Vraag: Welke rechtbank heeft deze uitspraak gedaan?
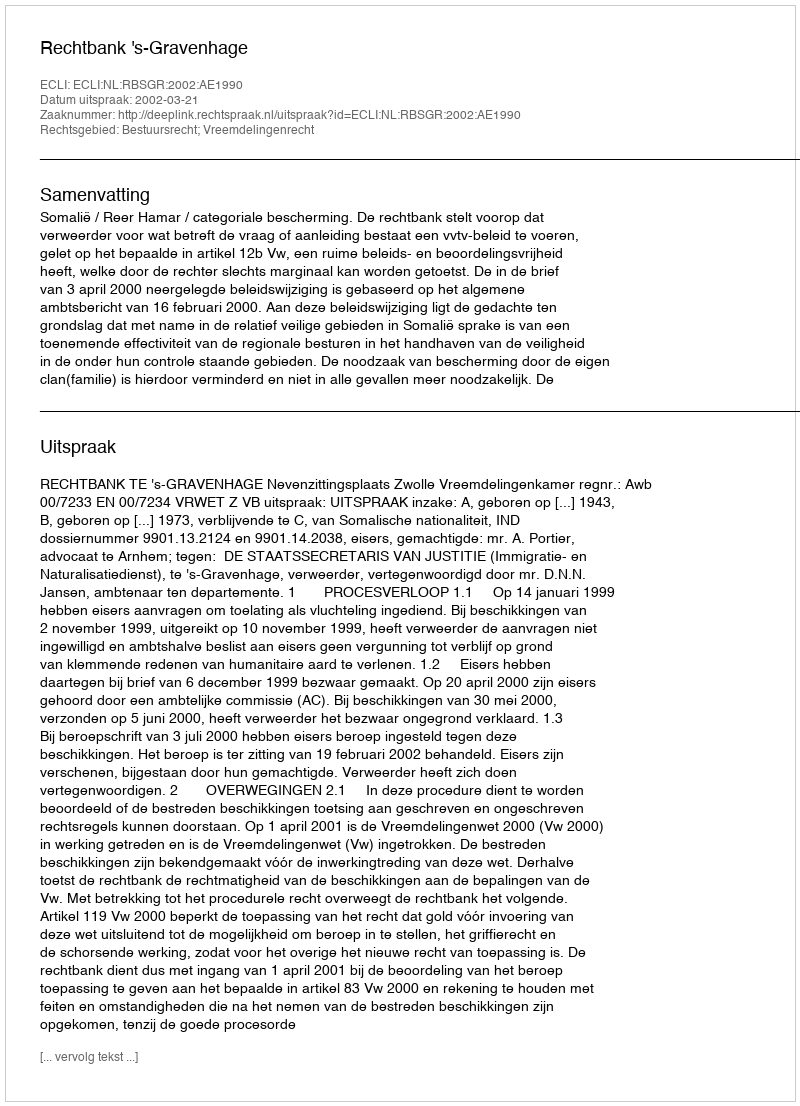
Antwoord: Rechtbank 's-Gravenhage